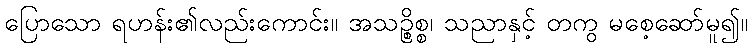
ပြောသော ရဟန်း၏လည်းကောင်း။ အသဉ္စိစ္စ၊ သညာနှင့် တကွ မစေ့ဆော်မူ၍။